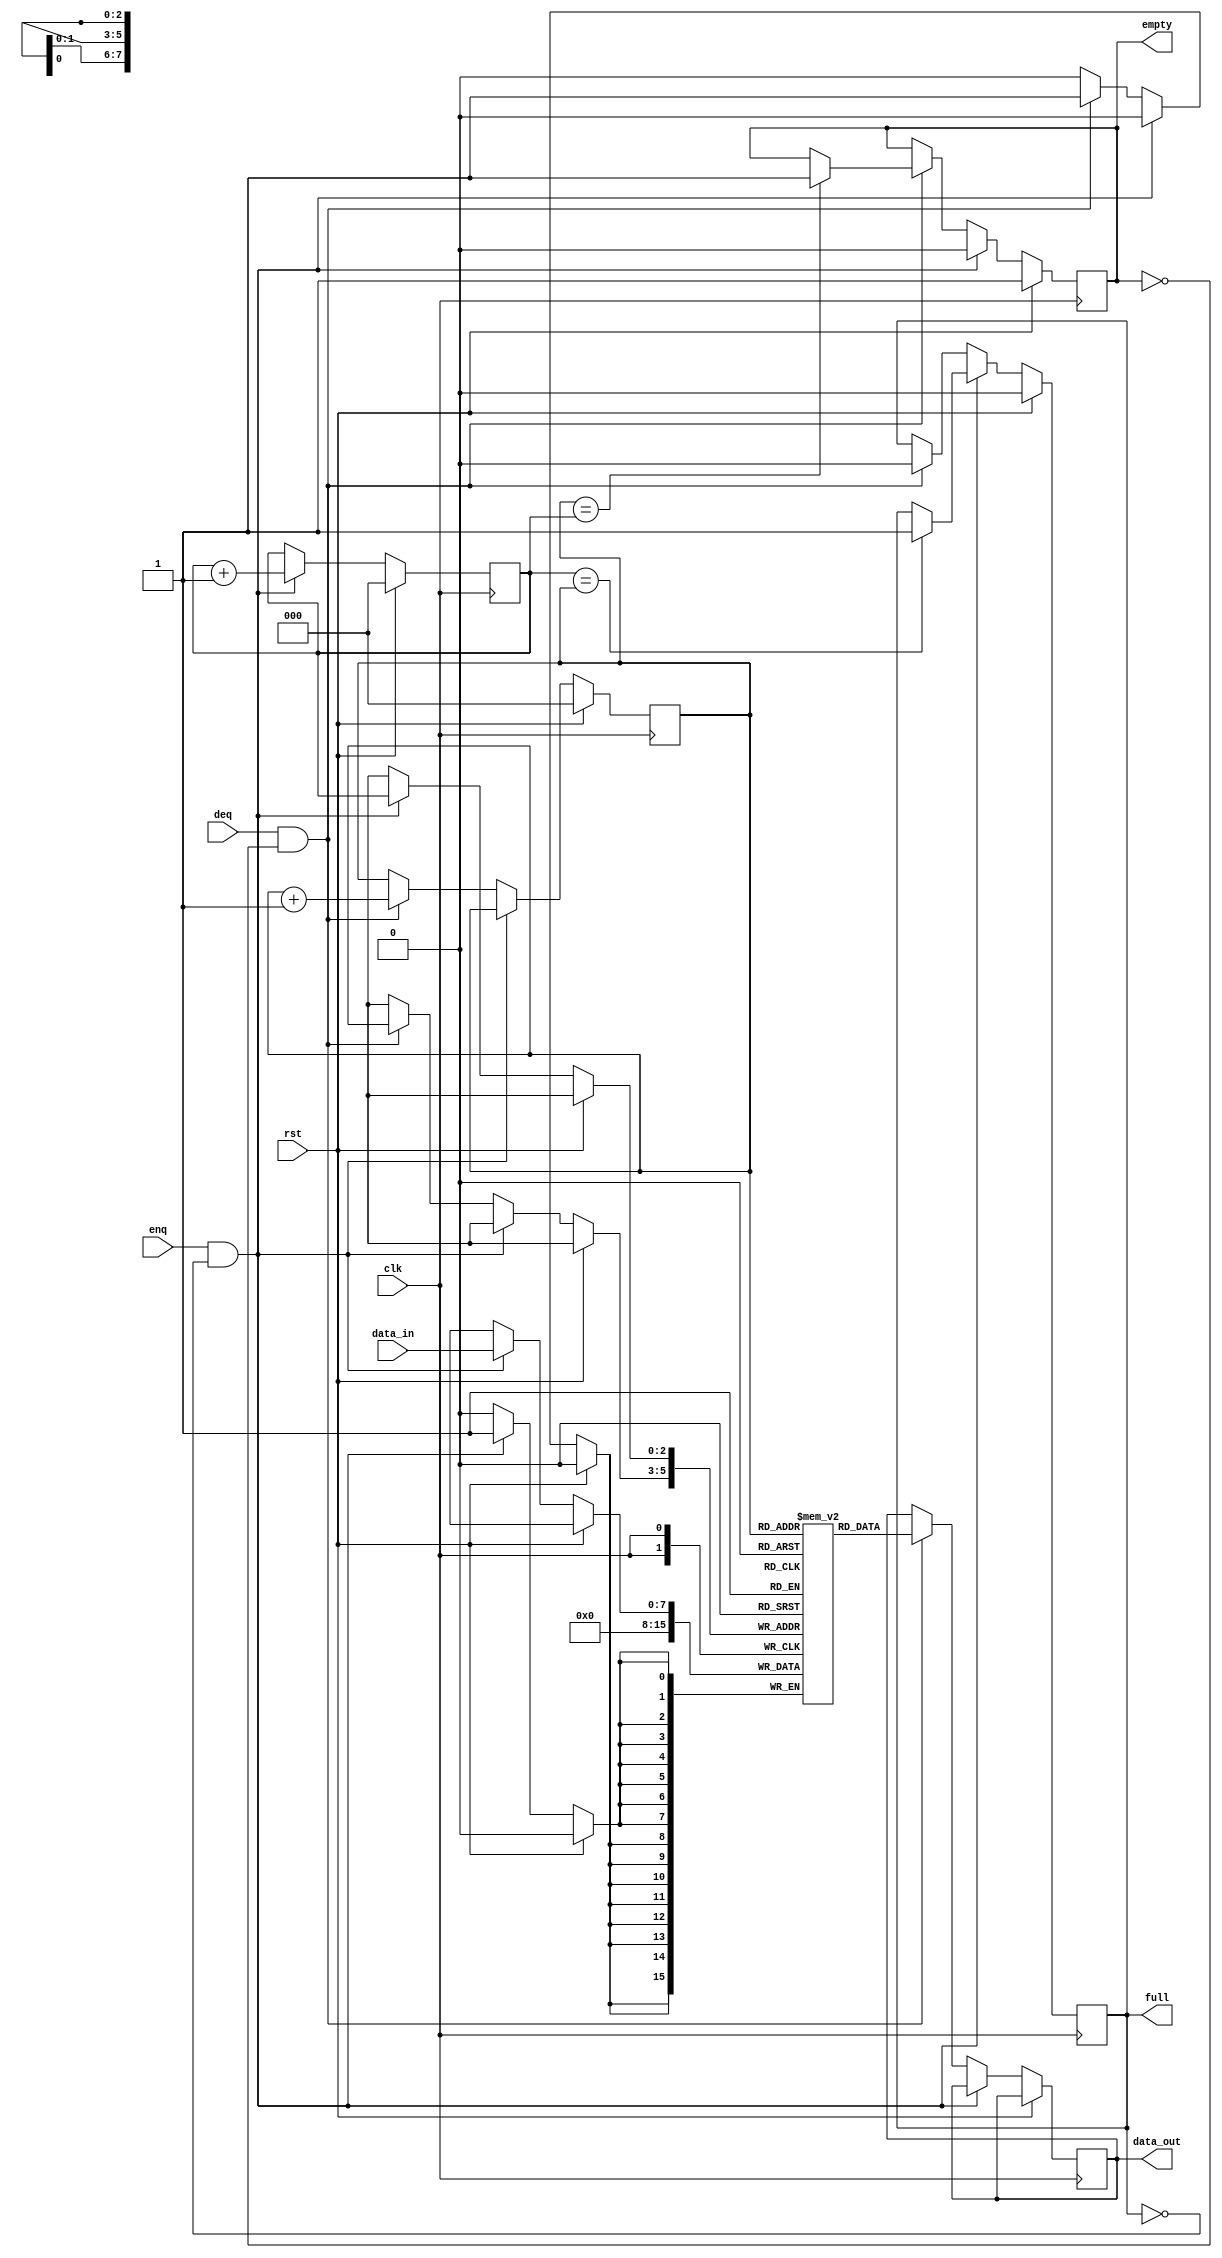
module fifo_buffer (
  input wire clk,
  input wire rst,
  input wire enq,
  input wire deq,
  input wire [WIDTH-1:0] data_in,
  output reg [WIDTH-1:0] data_out,
  output reg full,
  output reg empty
);

parameter WIDTH = 8; // Define width of data items

reg [WIDTH-1:0] buffer [0:7]; // Define array for buffer storage
reg [2:0] write_ptr; // Define write pointer
reg [2:0] read_ptr; // Define read pointer

initial begin
  write_ptr = 0;
  read_ptr = 0;
  full = 0;
  empty = 1;
end

always @(posedge clk) begin
  if (rst) begin
    write_ptr <= 0;
    read_ptr <= 0;
    full <= 0;
    empty <= 1;
  end else begin
    if (enq && !full) begin
      buffer[write_ptr] <= data_in;
      write_ptr <= write_ptr + 1;
      if (write_ptr == read_ptr) begin
        full <= 1;
      end
      empty <= 0;
    end else if (deq && !empty) begin
      data_out <= buffer[read_ptr];
      buffer[read_ptr] <= 0;
      read_ptr <= read_ptr + 1;
      if (read_ptr == write_ptr) begin
        empty <= 1;
      end
      full <= 0;
    end
  end
end

endmodule